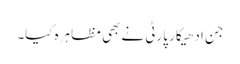
جن ادھیکار پارٹی نے بھی مظاہرہ کیا۔